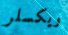
ويكسلر